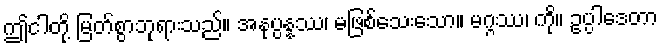
ဤငါတို့ မြတ်စွာဘုရားသည်။ အနုပ္ပန္နဿ၊ မဖြစ်သေးသော။ မဂ္ဂဿ၊ ကို။ ဥပ္ပါဒေတာ